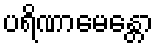
ပရိဏာမေန္တော